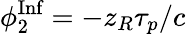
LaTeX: \phi_{2}^{\textrm{Inf}}=-z_{R}\tau_{p}/c